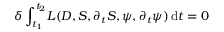
\delta \int _ { t _ { 1 } } ^ { t _ { 2 } } \! L ( D , S , \partial _ { t } S , \psi , \partial _ { t } \psi ) \, \mathrm { d } t = 0